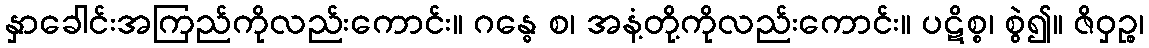
နှာခေါင်းအကြည်ကိုလည်းကောင်း။ ဂန္ဓေ စ၊ အနံ့တို့ကိုလည်းကောင်း။ ပဋိစ္စ၊ စွဲ၍။ ဇိဝှဉ္စ၊